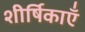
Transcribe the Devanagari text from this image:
शीर्षिकाएँ